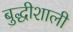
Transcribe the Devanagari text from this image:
बुद्धीशाली